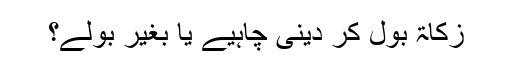
زکاۃ بول کر دینی چاہیے یا بغیر بولے؟